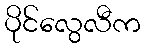
ပိုင်လွေလီက